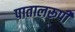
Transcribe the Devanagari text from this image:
पातालरूपी